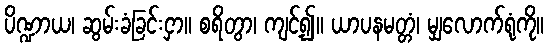
ပိဏ္ဍာယ၊ ဆွမ်းခံခြင်းငှာ။ စရိတွာ၊ ကျင့်၍။ ယာပနမတ္တံ၊ မျှလောက်ရုံကို။